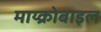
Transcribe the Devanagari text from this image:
माय्क्रोबाइल